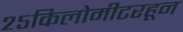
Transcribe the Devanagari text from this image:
२५किलोमीटरहून